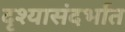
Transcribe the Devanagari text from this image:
दृश्यासंदर्भात